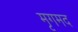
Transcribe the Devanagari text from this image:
मृगमद